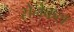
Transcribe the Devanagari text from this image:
सेनेकल